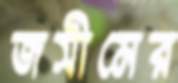
জসীমের